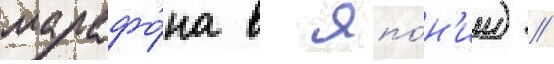
марафо́на в япо́н'ии) //